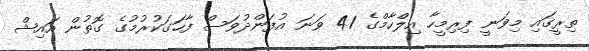
ތިރީގައި މިވަނީ ފިރިމީހާ އިލްހާމްގެ 41 ވަނަ އުފަންދުވަސް ފާހަގަކުރުމުގެ ގޮތުން އައިޝް